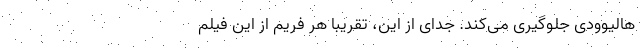
هالیوودی جلوگیری می‌کند. جدای از این، تقریباً هر فریم از این فیلم